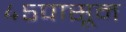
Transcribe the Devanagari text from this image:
४५पासून